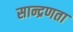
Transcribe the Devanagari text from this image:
सान्द्रणता